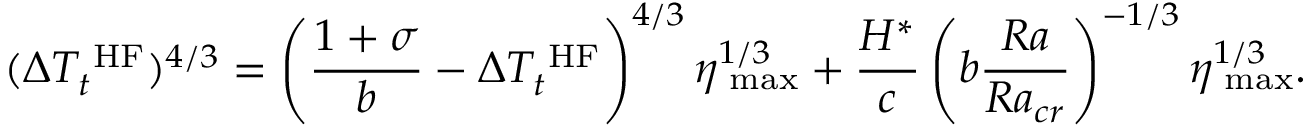
( \Delta T _ { t } ^ { \mathrm { \scriptsize ~ H F } } ) ^ { 4 / 3 } = \left( \frac { 1 + \sigma } { b } - \Delta T _ { t } ^ { \mathrm { \scriptsize ~ H F } } \right) ^ { 4 / 3 } \eta _ { \mathrm { \scriptsize ~ m a x } } ^ { 1 / 3 } + \frac { H ^ { * } } { c } \left( b \frac { R a } { R a _ { c r } } \right) ^ { - 1 / 3 } \eta _ { \mathrm { \scriptsize ~ m a x } } ^ { 1 / 3 } .